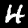
Label: 4